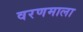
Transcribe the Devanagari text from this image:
वरणमाला